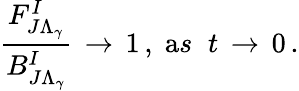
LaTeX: \frac{F_{J\Lambda_{\gamma}}^{I}}{B_{J\Lambda_{\gamma}}^{I}}\, \rightarrow\, 1\, ,\; {\mathrm as}\; \; t\, \rightarrow\, 0\, .